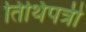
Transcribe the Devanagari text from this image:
तिथिपत्री